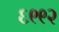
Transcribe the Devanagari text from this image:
६९९२